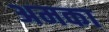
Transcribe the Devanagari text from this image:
अमका